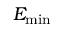
E _ { \mathrm { m i n } }